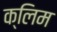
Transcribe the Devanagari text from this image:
क्लिम